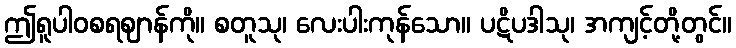
ဤရူပါဝစရဈာန်ကို။ စတူသု၊ လေးပါးကုန်သော။ ပဋိပဒါသု၊ အကျင့်တို့တွင်။